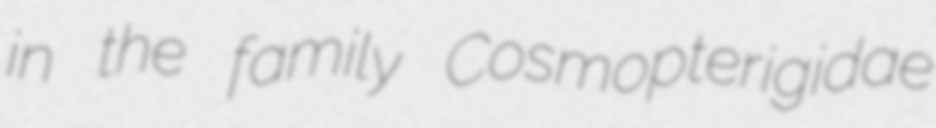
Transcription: in the family Cosmopterigidae